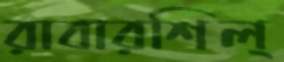
রাবারশিল্